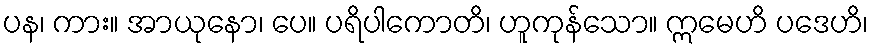
ပန၊ ကား။ အာယုနော၊ ပေ။ ပရိပါကောတိ၊ ဟူကုန်သော။ ဣမေဟိ ပဒေဟိ၊